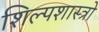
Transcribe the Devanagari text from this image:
शिल्पशास्त्रो